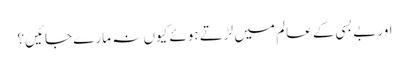
اور بے بسی کے عالم میں لڑتے ہوئے کیوں نہ مارے جائیں؟